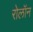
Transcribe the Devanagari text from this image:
रोलॉन